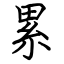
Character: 累